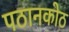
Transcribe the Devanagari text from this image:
पठानकोठ